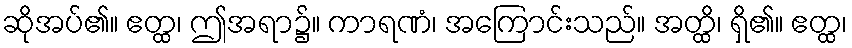
ဆိုအပ်၏။ ဧတ္ထ၊ ဤအရာ၌။ ကာရဏံ၊ အကြောင်းသည်။ အတ္ထိ၊ ရှိ၏။ ဧတ္ထ၊